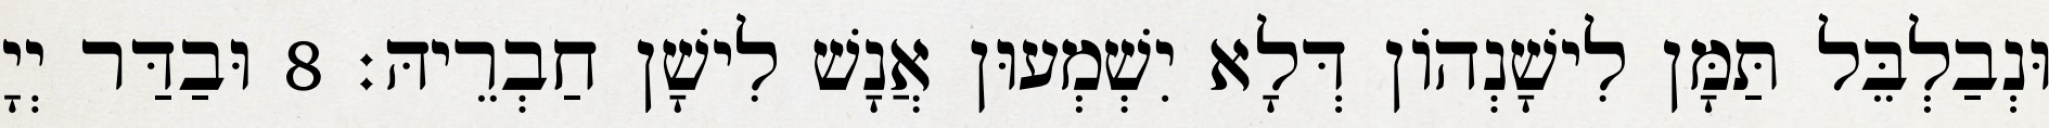
וּנְבַלְבֵּל תַּמָּן לִישָׁנְהוֹן דְּלָא יִשְׁמְעוּן אֲנָשׁ לִישָׁן חַבְרֵיהּ׃ 8 וּבַדַּר יְיָ